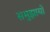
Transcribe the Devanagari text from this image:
समुझायो